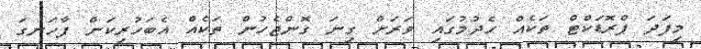
މިފަދަ ޕްރޮޑަކްޓް ތަކެއް ހެދުމުގައި ވަރަށް ގިނަ ގޮންޖެހުން ތަކެއް އެބަހުރިކަން ފާހަނގަ